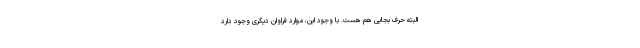
البته حرف بجایی هم هست. با وجود این، موارد فراوان دیگری وجود دارد